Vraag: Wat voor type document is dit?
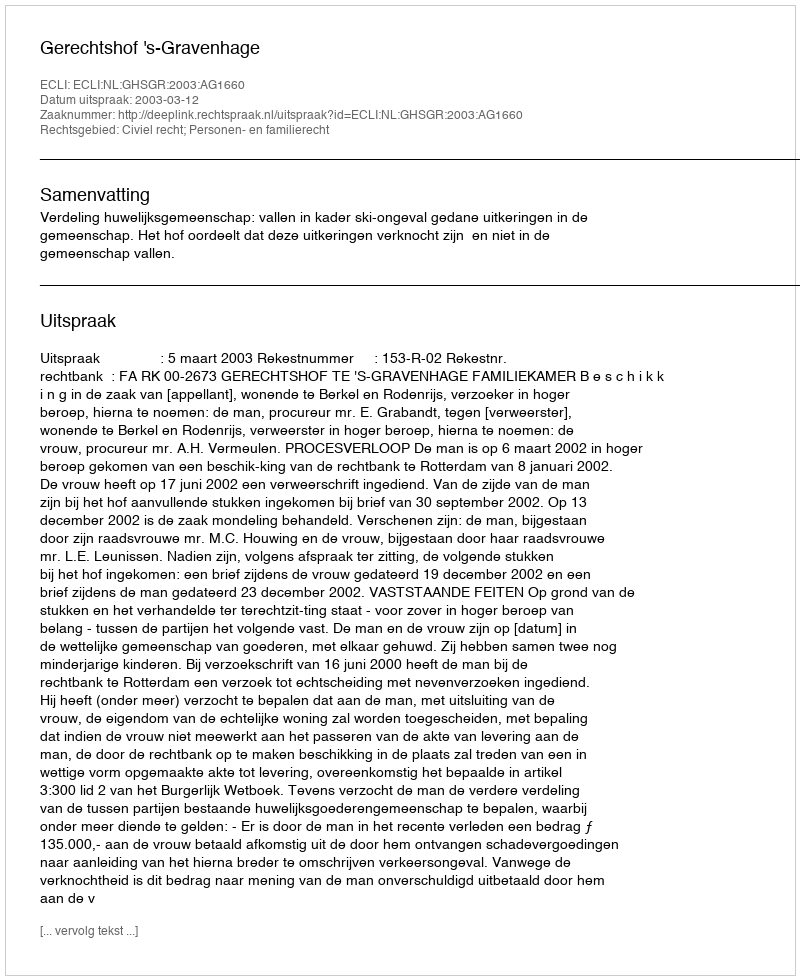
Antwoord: Uitspraak